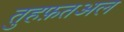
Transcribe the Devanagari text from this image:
तुहफ़तअल